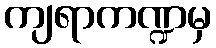
ကျရာကဏ္ဍမှ